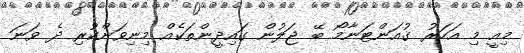
މިއީ މި އަހަރު ގުއަންޓަނާމޯ ބޭ ޖަލުން ގައިދީންތަކެއް މިނިވަންކުރި ދެ ވަނަ